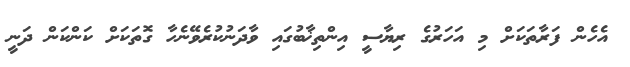
އެހެން ފަރާތަކަށް މި އަހަރުގެ ރިޔާސީ އިންތިޚާބުގައި ވާދަނުކުރެވޭނެހާ ގޮތަކަށް ކަންކަން ދަނީ